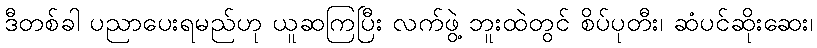
ဒီတစ်ခါ ပညာပေးရမည်ဟု ယူဆကြပြီး လက်ဖွဲ့ ဘူးထဲတွင် စိပ်ပုတီး၊ ဆံပင်ဆိုးဆေး၊